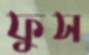
ফুস